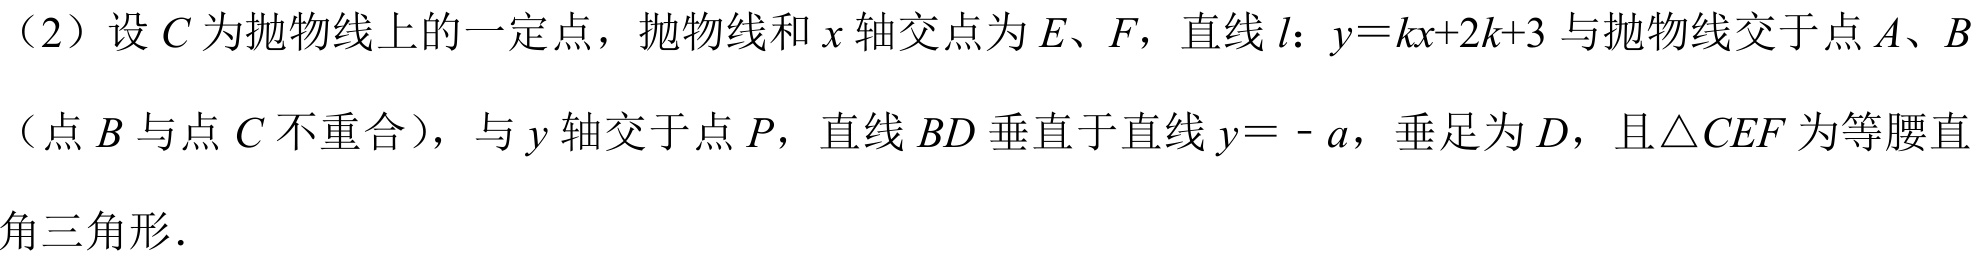
（2）设\(C\)为抛物线上的一定点，抛物线和\(x\)轴交点为\(E、F\)，直线\(l\)：\(y = kx + 2k + 3\)与抛物线交于点\(A、B\)
（点\(B\)与点\(C\)不重合），与\(y\)轴交于点\(P\)，直线\(BD\)垂直于直线\(y = - a\)，垂足为\(D\)，且\(\triangle CEF\)为等腰直
角三角形．